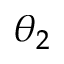
\theta _ { 2 }